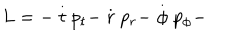
LaTeX: L = - \stackrel { . } { t } p _ { t } - \stackrel { . } { r } p _ { r } - \stackrel { . } { \phi } p _ { \phi } -